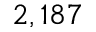
2 , 1 8 7